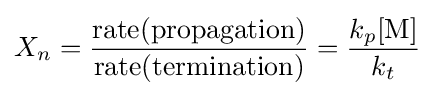
X_{n}={{\text{rate(propagation)}} \over {\text{rate(termination)}}}={k_{p}[{\text{M}}] \over k_{t}}